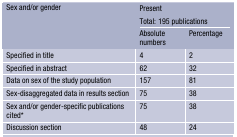
<table><thead><tr><td rowspan="3"><b>Sex and/or gender</b></td><td colspan="2"><b>Present</b></td></tr><tr><td colspan="2"><b>Total: 195 publications</b></td></tr><tr><td><b>Absolute numbers</b></td><td><b>Percentage</b></td></tr></thead><tbody><tr><td>Specified in title</td><td>4</td><td>2</td></tr><tr><td>Specified in abstract</td><td>62</td><td>32</td></tr><tr><td>Data on sex of the study population</td><td>157</td><td>81</td></tr><tr><td>Sex-disaggregated data in results section</td><td>75</td><td>38</td></tr><tr><td>Sex and/or gender-specific publications cited*</td><td>75</td><td>38</td></tr><tr><td>Discussion section</td><td>48</td><td>24</td></tr></tbody></table>